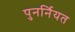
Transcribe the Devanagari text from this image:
पुनर्नियत